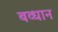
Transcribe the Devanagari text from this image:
बव्धान